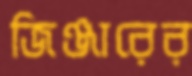
জিঞ্জারের